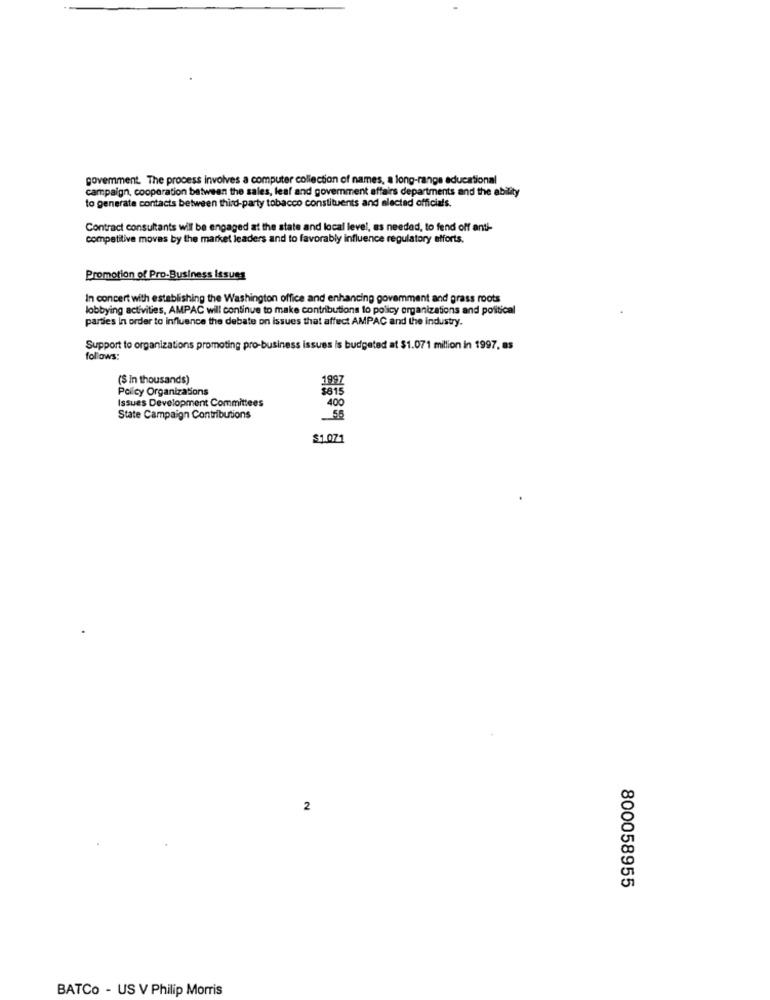
govemment. The process involves a computer collection of names, a long-range educational
campaign, cooperation between the sales, leaf and government affairs departments and the ability
to generate contacts between third-party tobacco constituents and elected officials.
Contract consultants will be engaged at the state and local level, as needed, to fend off anti-
competitive moves by the market leaders and to favorably influence regulatory efforts.
Promotion of Pro-Business Issues
In concert with establishing the Washington office and enhancing govemment and grass roots
lobbying activities, AMPAC will continue to make contributions to policy organizations and political
parties In order to influence the debate on Issues that affect AMPAC and the industry.
Support to organizations promoting pro-business issues is budgeted at $1.071 million in 1997, as
follows:
($ in thousands)
1997
Policy Organizations
$81
Issues Development Committees
400
State Campaign Contributions
55
$1.071
2
800058955
BATCo - US V Philip Morris